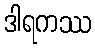
ဒါရကဿ